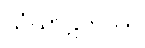
သံဃာဋိကဿ